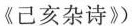
《己亥杂诗》)